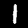
Digit: 1